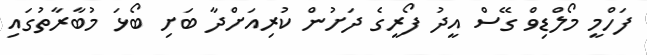
ފަހްމީ މޯލްޑިވް ގޭސް އީދު ފޯރީގެ ދަށުން ކުރިއަށްދާ ބަށި ބޯޅަ މުބާރާތުގައި